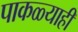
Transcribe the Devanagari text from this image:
पाकळ्याही